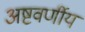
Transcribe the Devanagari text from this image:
अष्टवर्णीय